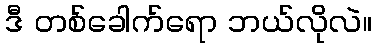
ဒီ တစ်ခေါက်ရော ဘယ်လိုလဲ။